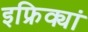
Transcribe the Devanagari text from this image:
इफ्रिक्यां